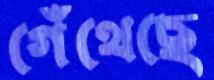
গেঁথেছে